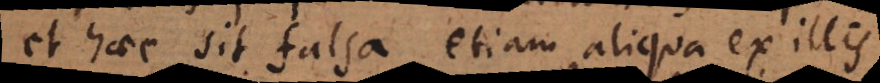
et haec sit falsa, etiam aliqua ex illis